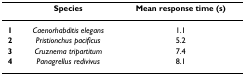
|  | Species | Mean response time (s) |
 | --- | --- | --- |
 | 1 | Caenorhabditis elegans | 1.1 |
 | 2 | Pristionchus pacificus | 5.2 |
 | 3 | Cruznema tripartitum | 7.4 |
 | 4 | Panagrellus redivivus | 8.1 |